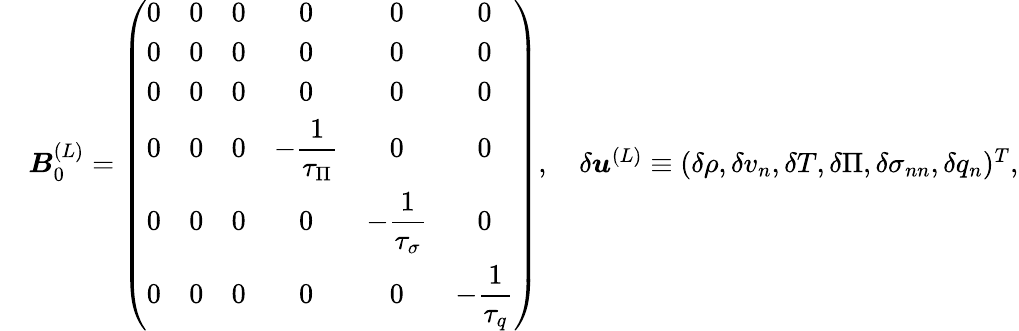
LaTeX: \begin{array}{rl}&{\boldsymbol{B}_{0}^{(L)}=\left(\begin{array}{cccccc}{0}&{0}&{0}&{0}&{0}&{0}\\ {0}&{0}&{0}&{0}&{0}&{0}\\ {0}&{0}&{0}&{0}&{0}&{0}\\ {0}&{0}&{0}&{\displaystyle{-\frac{1}{\tau_{\Pi}}}}&{0}&{0}\\ {0}&{0}&{0}&{0}&{\displaystyle{-\frac{1}{\tau_{\sigma}}}}&{0}\\ {0}&{0}&{0}&{0}&{0}&{\displaystyle{-\frac{1}{\tau_{q}}}}\end{array}\right),\quad\delta\boldsymbol{u}^{(L)}\equiv(\delta\rho,\delta v_{n},\delta T,\delta\Pi,\delta\sigma_{nn},\delta q_{n})^{T},}\end{array}